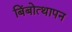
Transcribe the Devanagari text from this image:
बिंबोत्थापन